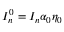
I _ { n } ^ { 0 } = I _ { n } \alpha _ { 0 } \eta _ { 0 }